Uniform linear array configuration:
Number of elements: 48
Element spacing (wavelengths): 1
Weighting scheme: blackman
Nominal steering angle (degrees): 60
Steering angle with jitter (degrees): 59.819
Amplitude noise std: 0.05
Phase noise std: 0.05

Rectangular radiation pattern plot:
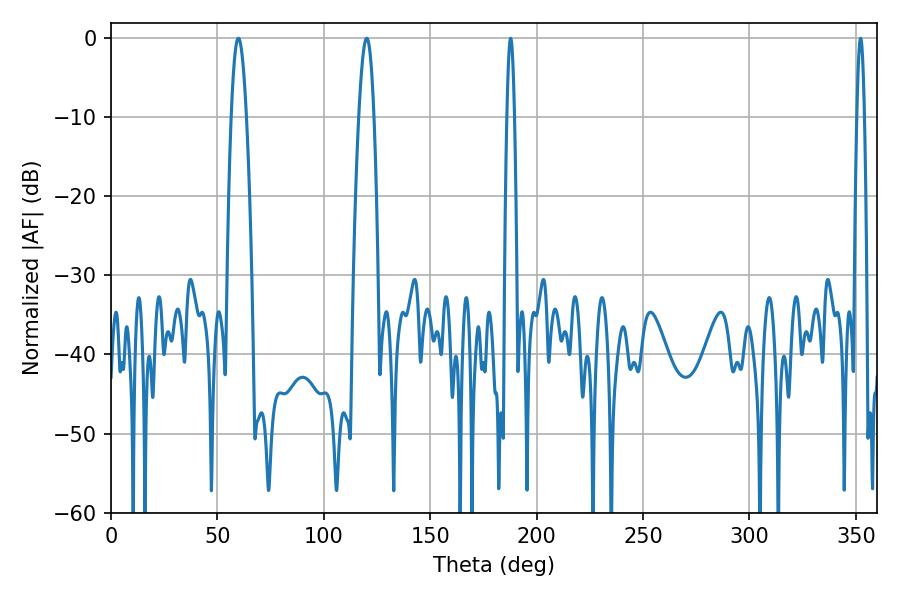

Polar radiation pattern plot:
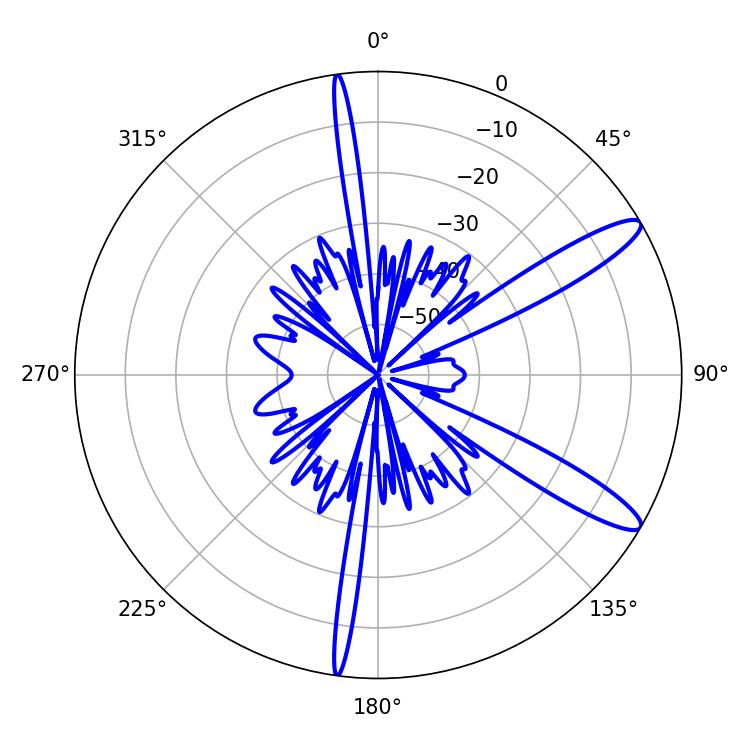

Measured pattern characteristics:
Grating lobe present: TRUE
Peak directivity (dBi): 12.286
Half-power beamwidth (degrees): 1.8
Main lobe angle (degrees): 187.74